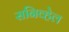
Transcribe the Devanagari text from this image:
सनिव्हेल